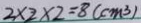
2 \times 2 \times 2 = 8 ( c m ^ { 3 } )